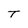
Character: T